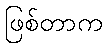
ဖြစ်တာက